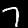
Label: 7